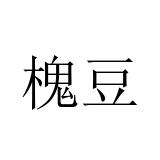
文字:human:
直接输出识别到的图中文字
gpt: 槐豆